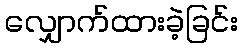
လျှောက်ထားခဲ့ခြင်း